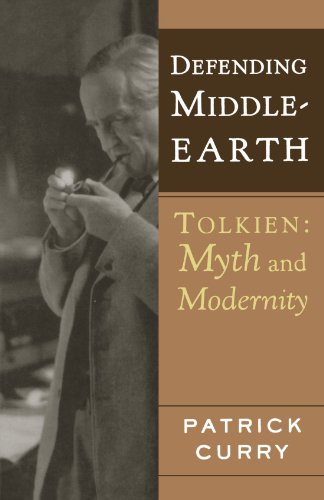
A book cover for Defending Middle-Earth: Tolkien: Myth and Modernity; Patrick Curry; Science Fiction & Fantasy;